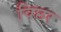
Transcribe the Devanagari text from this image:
विछर